Insane asylums Bombay 1873-77 - 1873-1877
Year: 1873
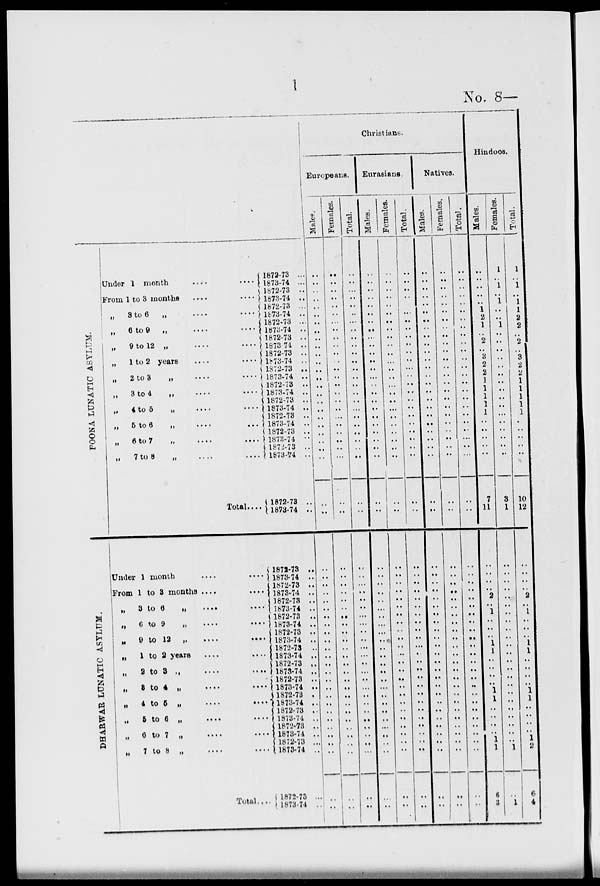
l
No. 8—
POONA LUNATIC ASYLUM.
DHARWAR LUNATIC ASYLUM.
Under 1 month
....
....
From 1 to 3 months
....
....
„ 3 to 6 „
....
....
„
6 to 9 „
....
....
„
9 to 12 „
....
....
„
1 to 2 years
....
....
„
2 to 3
„
....
....
„
3 to 4
„
....
„
4 to 5 „
....
....
„
5 to 6
„
....
...
„
6 to 7
„
....
....
„
7 to 8
„
....
....
Total....
Under 1 month
....
....
From 1 to 3 months ....
....
„
3 to 6
„
....
....
„
6
to
9
„
....
....
„
9 to 12
„
....
„
1 to 2 years
....
....
„
2 to 3 .. ....
....
„ 3 to 4
„
....
....
„
4 to
5
„
....
....
„ 5 to 6 „
.....
....
„ 6 to 7 „ ....
....
„
7 to 8 „ .... ....
Total....
1872-73 ..
1873-74 ..
1872-73 ..
1873-74 ..
1872-73 ..
1873-74 ..
1872-73 ..
1873-74 ..
1872-73 ..
1873-74 ..
1872-73 ..
1873-74 ..
1872-73 ..
1873-74 ..
1872-73 ..
1873-74 ..
1872-73 ..
1873-74 ..
1872-73 ..
1873-74 ..
1872-73 ..
1873-74 ..
1872-73 ..
1873-74 ..
1872-73 ..
1873-74 ..
1872-73 ..
1873-74 ..
1872-73 ..
1873-74 ..
1872-73 ..
1873-74 ..
1872-73 ..
1873-74 ..
1872-73 ..
1873-74 ..
1872-73 ..
1873-74 ..
1872-73 ..
1873-74 ..
1872-73 ..
1873-74 ..
1872-73 ..
1873-74 ..
1872-73 ..
1873-74 ..
1872-73 ..
1873-74 ..
1872-73 ...
1873-74 ..
1872-73 ..
1873-74 ..
Christians.
Europeans.
Males.
..
..
..
..
..
..
..
..
..
..
..
..
..
..
..
..
..
..
..
..
..
..
..
..
..
..
..
..
..
..
..
..
..
..
..
..
..
..
..
..
..
..
..
..
..
..
..
..
..
..
..
..
Females.
..
..
..
..
..
..
..
..
..
..
..
..
..
..
..
..
..
..
..
..
..
..
..
..
..
..
..
..
..
..
..
..
..
..
..
..
..
..
..
..
..
..
..
..
..
..
..
..
..
..
..
..
Total.
..
..
..
..
..
..
..
..
..
..
..
..
..
..
..
..
..
..
..
..
..
..
..
..
..
..
..
..
..
..
..
..
..
..
..
..
..
..
..
..
..
..
..
..
..
..
..
..
..
..
..
..
Eurasians.
Males.
..
..
..
..
..
..
..
..
..
..
..
..
..
..
..
..
..
..
..
..
..
..
..
..
..
..
..
..
..
..
..
..
..
..
..
..
..
..
..
..
..
..
..
..
..
..
..
..
..
..
..
..
Females.
..
..
..
..
..
..
..
..
..
..
..
..
..
..
..
..
..
..
..
..
..
..
..
..
..
..
..
..
..
..
..
..
..
..
..
..
..
..
..
..
..
..
..
..
..
..
..
..
..
..
..
..
Total.
..
..
..
..
..
..
..
..
..
..
..
..
..
..
..
..
..
..
..
..
..
..
..
..
..
..
..
..
..
..
..
..
..
..
..
..
..
..
..
..
..
..
..
..
..
..
..
..
..
..
..
..
Natives.
Males.
..
..
..
..
..
..
..
..
..
..
..
..
..
..
..
..
..
..
..
..
..
..
..
..
..
..
..
..
..
..
..
..
..
..
..
..
..
..
..
..
..
..
..
..
..
..
..
..
..
..
..
..
Females.
..
..
..
..
..
..
..
..
..
..
..
..
..
..
..
..
..
..
..
..
..
..
..
..
..
..
..
..
..
..
..
..
..
..
..
..
..
..
..
..
..
..
..
..
..
..
..
..
..
..
..
..
Total.
..
..
..
..
..
..
..
..
..
..
..
..
..
..
..
..
..
..
..
..
..
..
..
..
..
..
..
..
..
..
..
..
..
..
..
..
..
..
..
..
..
..
..
..
..
..
..
..
..
..
..
..
Hindoos.
Males.
..
..
..
..
..
1
2
1
..
2
..
3
2
2
1
1
1
1
1
..
..
..
..
..
7
11
..
..
..
..
2
..
1
..
..
..
1 1
..
..
..
..
1
1
..
..
..
..
1
1
6
3
Females.
1
..
1
..
1
..
..
1
..
..
..
..
..
..
..
..
..
..
..
..
..
..
..
..
3
1
..
..
..
..
..
..
..
..
..
..
..
..
..
..
..
..
..
..
..
..
..
..
..
1
..
1
Total.
1
..
1
..
1
1
2
2
..
2
..
3
2
2
1
1
1
1
1
..
..
..
..
..
10
12
..
..
..
..
2
..
1
..
..
..
1
l
..
..
..
..
1
1
..
..
..
..
1
2
6
4